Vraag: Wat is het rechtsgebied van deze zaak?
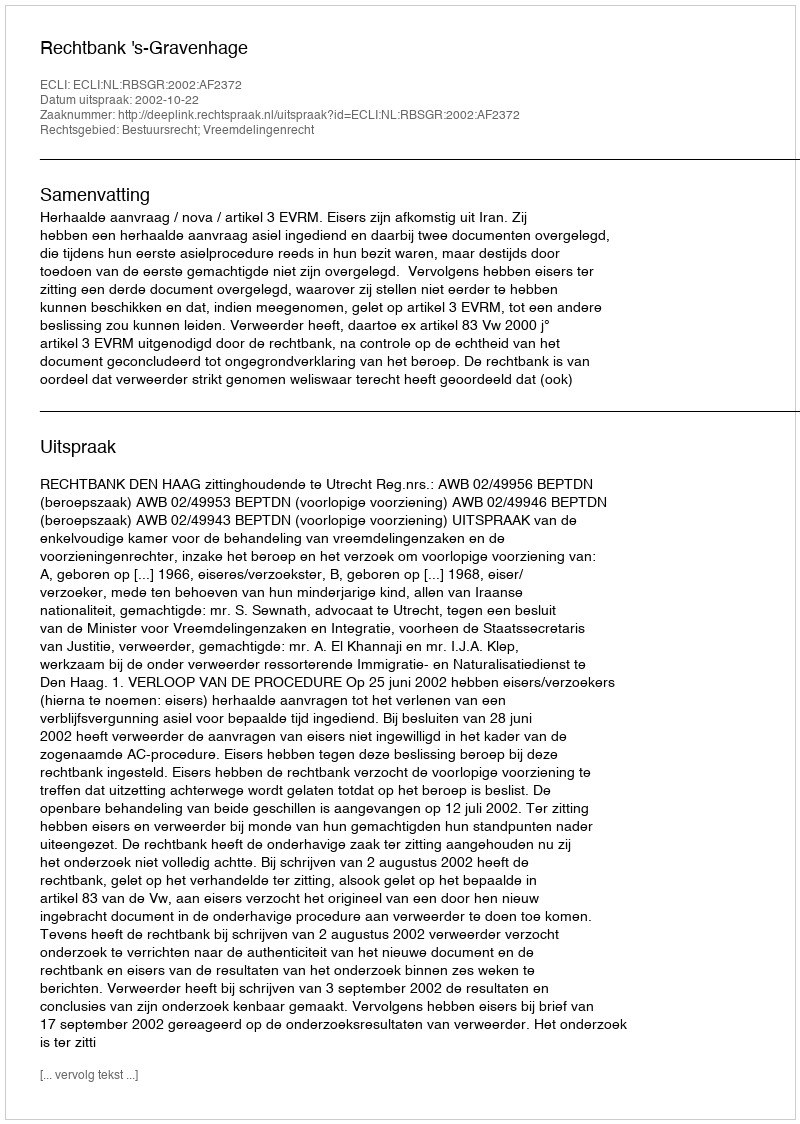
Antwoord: Bestuursrecht; Vreemdelingenrecht